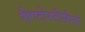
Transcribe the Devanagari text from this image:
सैण्टोस्टीफ़ैनो